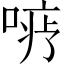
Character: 𪡦